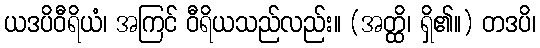
ယဒပိဝီရိယံ၊ အကြင် ဝီရိယသည်လည်း။ (အတ္ထိ၊ ရှိ၏။) တဒပိ၊